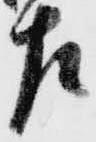
左